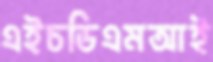
এইচডিএমআই